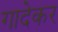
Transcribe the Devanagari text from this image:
गादेकर